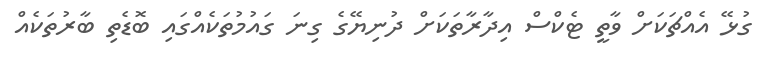
ގުޅޭ އެއްޗަކަށް ވާތީ ޓެކްސް އިދާރާތަކަށް ދުނިޔޭގެ ގިނަ ގައުމުތަކެއްގައި ބޮޑެތި ބާރުތަކެއް